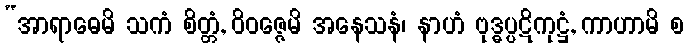
“အာရာဓေမိ သကံ စိတ္တံ, ဝိဝဇ္ဇေမိ အနေသနံ၊ နာဟံ ဗုဒ္ဓပ္ပဋိကုဋ္ဌံ, ကာဟာမိ စ